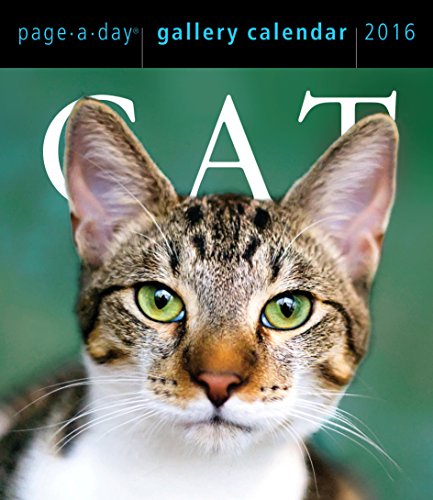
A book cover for Cat Page-A-Day Gallery Calendar 2016; Workman Publishing; Calendars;